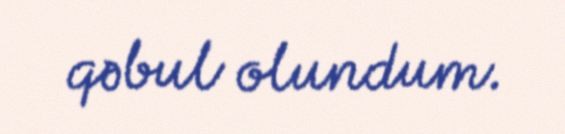
qəbul olundum.